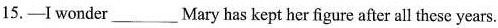
15.——I wonder___Mary has kept her figure after all these years.